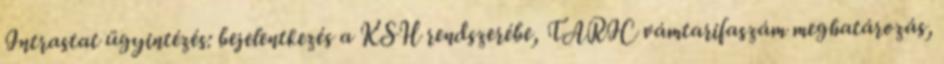
Intrastat ügyintézés: bejelentkezés a KSH rendszerébe, TARIC vámtarifaszám meghatározás,